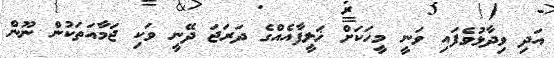
އަދި ވިދާޅުވެފައި ވަނީ މީހަކަށް ޚަލީފާއެއްގެ ދަރަޖަ ދޭނީ ވަކި ޖަމާއަތަކުން ނޫން